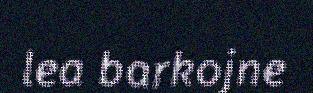
lea barkojne